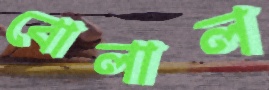
বোলাল